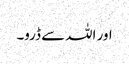
اور اللہ سے ڈرو۔